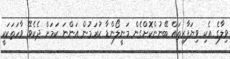
ވިލާގެ އެކި ވިޔަފާރިތައް ބޭނުންކޮށްގެން މަނީލޯންޑާ ކުރަމުން އަންނަ ކަމަށް ދެކެވޭ ވާހަތަކަކީ